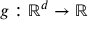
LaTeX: g : \mathbb { R } ^ { d } \rightarrow \mathbb { R }